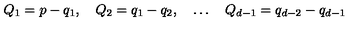
Q _ { 1 } = p - q _ { 1 } , \quad Q _ { 2 } = q _ { 1 } - q _ { 2 } , \quad \ldots \quad Q _ { d - 1 } = q _ { d - 2 } - q _ { d - 1 }